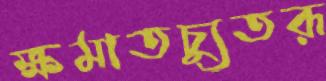
ক্ষমাতচ্যুতরূ